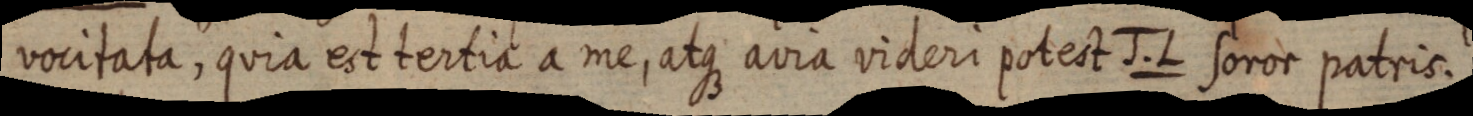
vocitata, quia est tertia a me, atque avia videri potest J .L soror patris.